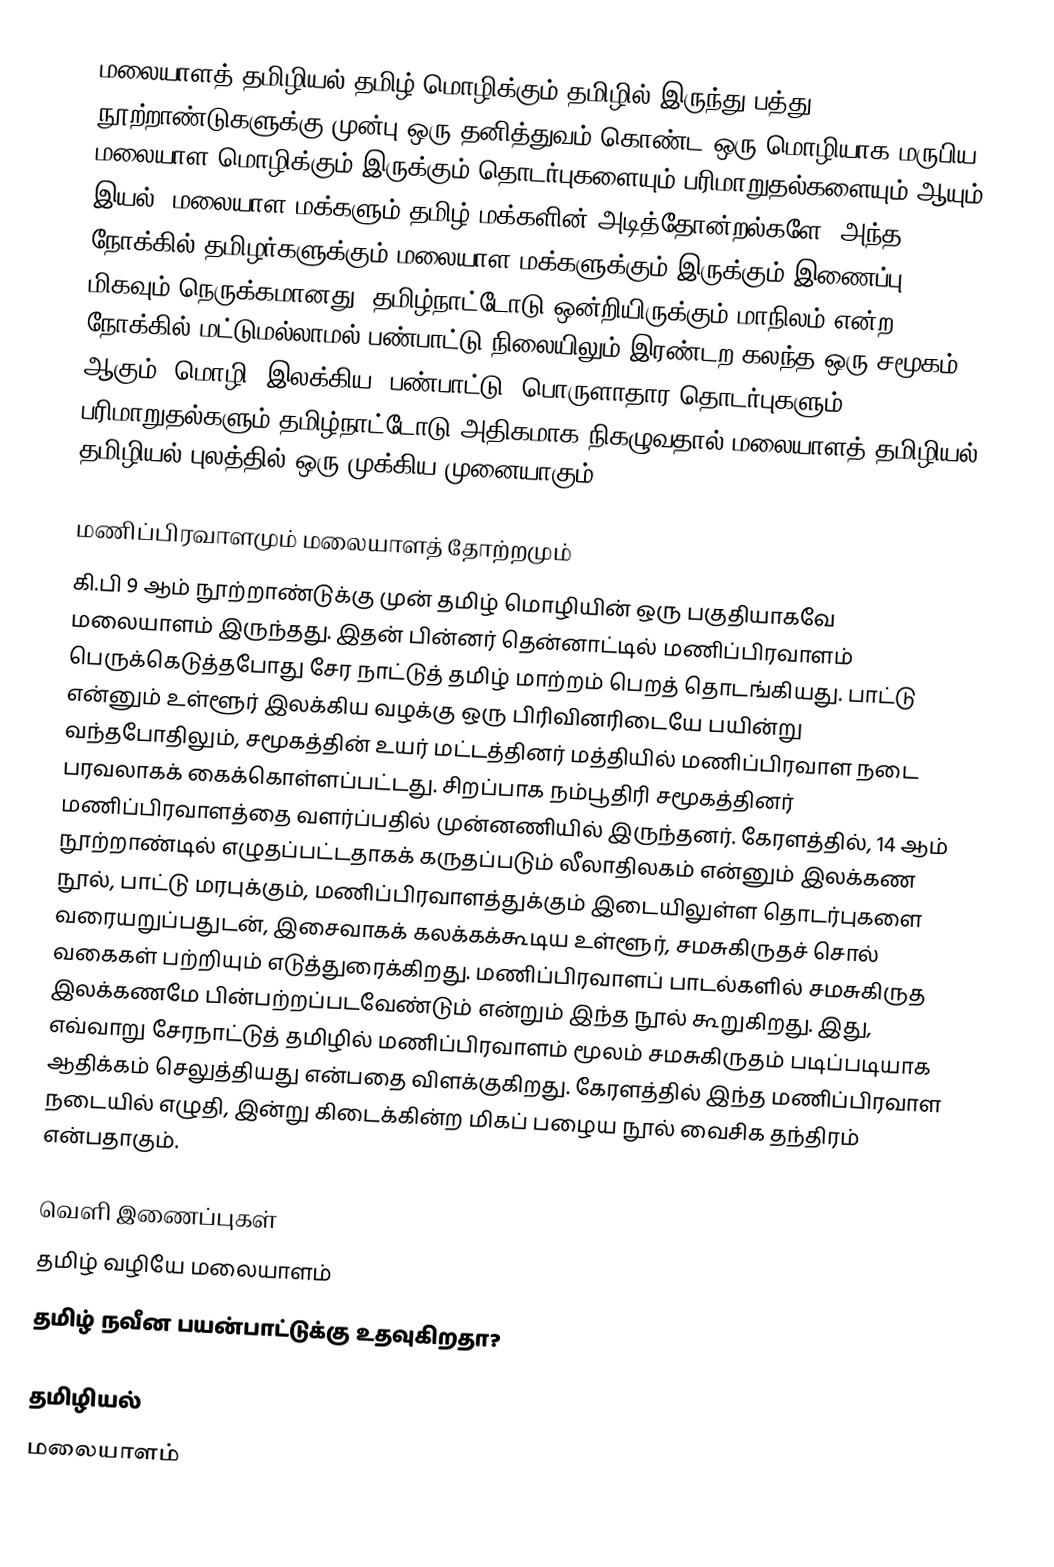
மலையாளத் தமிழியல் தமிழ் மொழிக்கும் தமிழில் இருந்து பத்து நூற்றாண்டுகளுக்கு முன்பு ஒரு தனித்துவம் கொண்ட ஒரு மொழியாக மருபிய மலையாள மொழிக்கும் இருக்கும் தொடர்புகளையும் பரிமாறுதல்களையும் ஆயும் இயல்.  மலையாள மக்களும் தமிழ் மக்களின் அடித்தோன்றல்களே.  அந்த நோக்கில் தமிழர்களுக்கும் மலையாள மக்களுக்கும் இருக்கும் இணைப்பு மிகவும் நெருக்கமானது.  தமிழ்நாட்டோடு ஒன்றியிருக்கும் மாநிலம் என்ற நோக்கில் மட்டுமல்லாமல் பண்பாட்டு நிலையிலும் இரண்டற கலந்த ஒரு சமூகம் ஆகும்.  மொழி, இலக்கிய, பண்பாட்டு, பொருளாதார தொடர்புகளும் பரிமாறுதல்களும் தமிழ்நாட்டோடு அதிகமாக நிகழுவதால் மலையாளத் தமிழியல் தமிழியல் புலத்தில் ஒரு முக்கிய முனையாகும்.

மணிப்பிரவாளமும் மலையாளத் தோற்றமும்
கி.பி 9 ஆம் நூற்றாண்டுக்கு முன் தமிழ் மொழியின் ஒரு பகுதியாகவே மலையாளம் இருந்தது. இதன் பின்னர் தென்னாட்டில் மணிப்பிரவாளம் பெருக்கெடுத்தபோது சேர நாட்டுத் தமிழ் மாற்றம் பெறத் தொடங்கியது. பாட்டு என்னும் உள்ளூர் இலக்கிய வழக்கு ஒரு பிரிவினரிடையே பயின்று வந்தபோதிலும், சமூகத்தின் உயர் மட்டத்தினர் மத்தியில் மணிப்பிரவாள நடை பரவலாகக் கைக்கொள்ளப்பட்டது. சிறப்பாக நம்பூதிரி சமூகத்தினர் மணிப்பிரவாளத்தை வளர்ப்பதில் முன்னணியில் இருந்தனர். கேரளத்தில், 14 ஆம் நூற்றாண்டில் எழுதப்பட்டதாகக் கருதப்படும் லீலாதிலகம் என்னும் இலக்கண நூல், பாட்டு மரபுக்கும், மணிப்பிரவாளத்துக்கும் இடையிலுள்ள தொடர்புகளை வரையறுப்பதுடன், இசைவாகக் கலக்கக்கூடிய உள்ளூர், சமசுகிருதச் சொல் வகைகள் பற்றியும் எடுத்துரைக்கிறது. மணிப்பிரவாளப் பாடல்களில் சமசுகிருத இலக்கணமே பின்பற்றப்படவேண்டும் என்றும் இந்த நூல் கூறுகிறது. இது, எவ்வாறு சேரநாட்டுத் தமிழில் மணிப்பிரவாளம் மூலம் சமசுகிருதம் படிப்படியாக ஆதிக்கம் செலுத்தியது என்பதை விளக்குகிறது. கேரளத்தில் இந்த மணிப்பிரவாள நடையில் எழுதி, இன்று கிடைக்கின்ற மிகப் பழைய நூல் வைசிக தந்திரம் என்பதாகும்.

வெளி இணைப்புகள்
 தமிழ் வழியே மலையாளம்
 தமிழ் நவீன பயன்பாட்டுக்கு உதவுகிறதா?

தமிழியல்
மலையாளம்